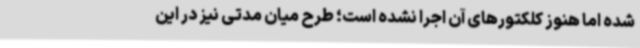
شده اما هنوز کلکتورهای آن اجرا نشده است؛ طرح میان مدتی نیز در این